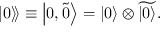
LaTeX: \left. \left| 0 \right\rangle \! \right\rangle \equiv \left| 0 , \widetilde { 0 } \right\rangle = \left| 0 \right\rangle \otimes \widetilde { \left| 0 \right\rangle } .